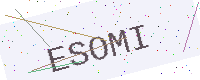
Text: ESOMI